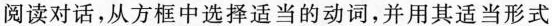
阅读对话,从方框中选择适当的动词,并用其适当形式